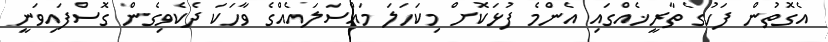
އެގޮތުން ފަހުގެ ތާރީޚެއްގައި އެންމެ ފުޅަކޮށް މިކަހަލަ މައްސަލައެއްގެ ވާހަކަ ދެކެވިގެން ގޮސްފައިވަނީ